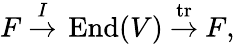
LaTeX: F~{\overset{I}{\to}}~\operatorname{End}(V)~{\overset{\operatorname{tr}}{\to}}~F,